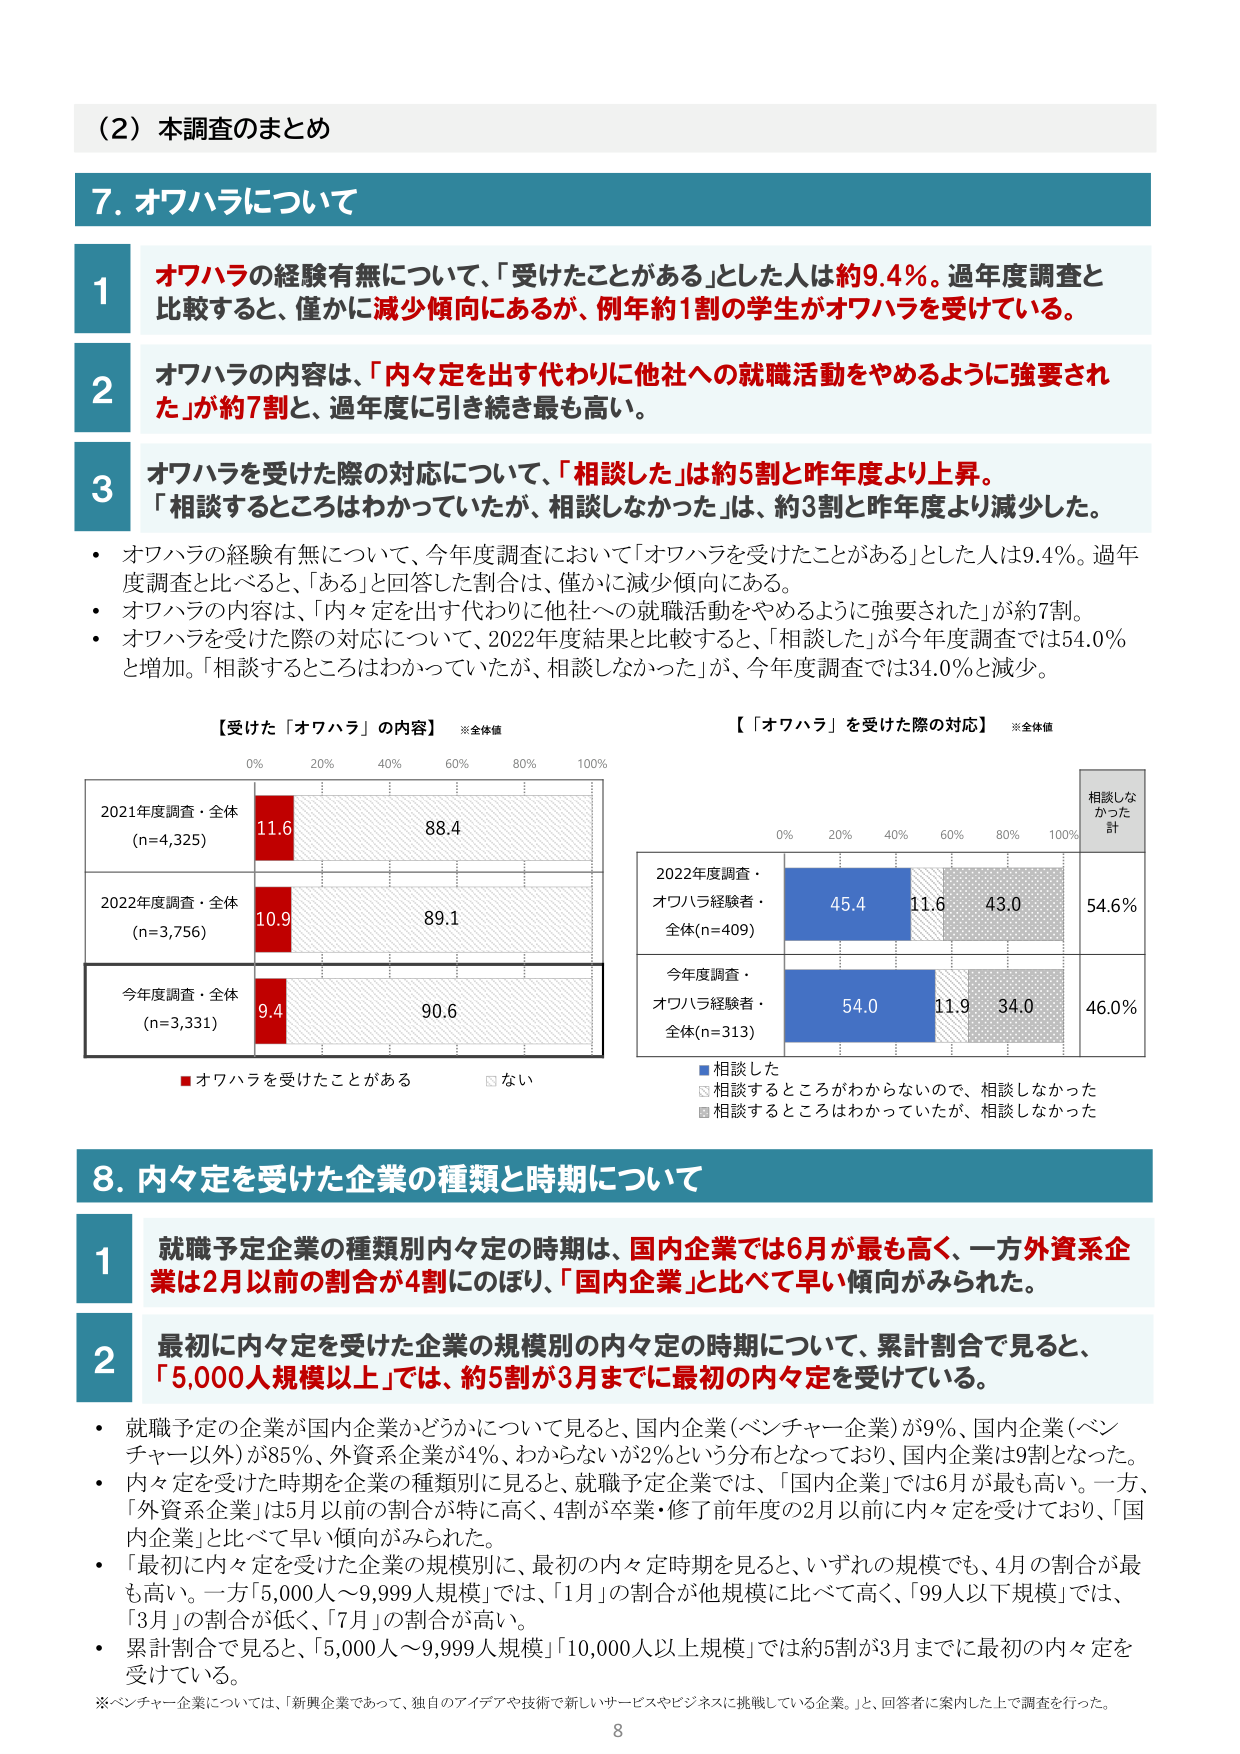
（2）本調査のまとめ

7. オワハラについて

1 オワハラの経験有無について、「受けたことがある」とした人は約9.4%。過年度調査と比較すると、僅かに減少傾向にあるが、例年約1割の学生がオワハラを受けている。

2 オワハラの内容は、「内々定を出す代わりに他社への就職活動をやめるように強要された」が約7割と、過年度に引き続き最も高い。

3 オワハラを受けた際の対応について、「相談した」は約5割と昨年度より上昇。「相談するところはわかっていたが、相談しなかった」は、約3割と昨年度より減少した。

・ オワハラの経験有無について、今年度調査において「オワハラを受けたことがある」とした人は9.4%。過年度調査と比べると、「ある」と回答した割合は、僅かに減少傾向にある。
・ オワハラの内容は、「内々定を出す代わりに他社への就職活動をやめるように強要された」が約7割。
・ オワハラを受けた際の対応について、2022年度結果と比較すると、「相談した」が今年度調査では54.0%と増加。「相談するところはわかっていたが、相談しなかった」が、今年度調査では34.0%と減少。

【受けた「オワハラ」の内容】 ※全体値
0% 20% 40% 60% 80% 100%
2021年度調査・全体 (n=4,325) 11.6 88.4
2022年度調査・全体 (n=3,756) 10.9 89.1
今年度調査・全体 (n=3,331) 9.4 90.6
■ オワハラを受けたことがある □ ない

【「オワハラ」を受けた際の対応】 ※全体値
0% 20% 40% 60% 80% 100% 相談しなかった計
2022年度調査・オワハラ経験者・全体(n=409) 45.4 11.6 43.0 54.6%
今年度調査・オワハラ経験者・全体(n=313) 54.0 11.9 34.0 46.0%
■ 相談した □ 相談するところがわからないので、相談しなかった ■ 相談するところはわかっていたが、相談しなかった

8. 内々定を受けた企業の種類と時期について

1 就職予定企業の種類別内々定の時期は、国内企業では6月が最も高く、一方外資系企業は2月以前の割合が4割にのぼり、「国内企業」と比べて早い傾向がみられた。

2 最初に内々定を受けた企業の規模別の内々定の時期について、累計割合で見ると、「5,000人規模以上」では、約5割が3月までに最初の内々定を受けている。

・ 就職予定の企業が国内企業かどうかについて見ると、国内企業（ベンチャー企業）が9%、国内企業（ベンチャー以外）が85%、外資系企業が4%、わからないが2%という分布となっており、国内企業は9割となった。
・ 内々定を受けた時期を企業の種類別に見ると、就職予定企業では、「国内企業」では6月が最も高い。一方、「外資系企業」は5月以前の割合が特に高く、4割が卒業・修了前年度の2月以前に内々定を受けており、「国内企業」と比べて早い傾向がみられた。
・ 最初に内々定を受けた企業の規模別に、最初の内々定時期を見ると、いずれの規模でも、4月の割合が最も高い。一方「5,000人～9,999人規模」では、「1月」の割合が他規模に比べて高く、「99人以下規模」では、「3月」の割合が低く、「7月」の割合が高い。
・ 累計割合で見ると、「5,000人～9,999人規模」「10,000人以上規模」では約5割が3月までに最初の内々定を受けている。

※ベンチャー企業については、「新興企業であって、独自のアイデアや技術で新しいサービスやビジネスに挑戦している企業。」と、回答者に案内した上で調査を行った。

8